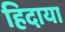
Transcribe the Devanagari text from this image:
हिदाया